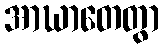
အာဃာတေတွာ